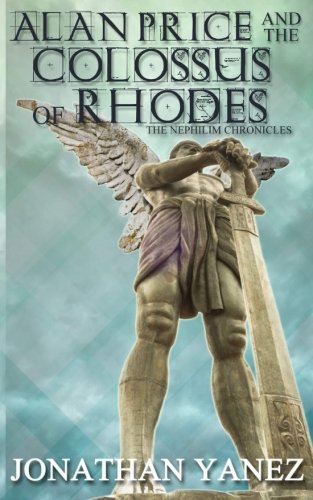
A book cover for Alan Price and The Colossus of Rhodes (The Nephilim Chronicles ) (Volume 1); Jonathan Yanez; Mystery, Thriller & Suspense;